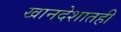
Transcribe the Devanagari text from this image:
खानदेशातही